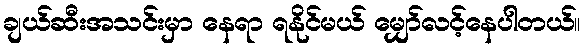
ချယ်ဆီးအသင်းမှာ နေရာ ရနိုင်မယ် မျှော်လင့်နေပါတယ်။